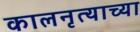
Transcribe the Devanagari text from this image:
कालनृत्याच्या